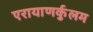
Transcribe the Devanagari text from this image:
एरायाणर्कुलम